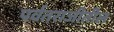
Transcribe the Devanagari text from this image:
पर्वतराजीतील